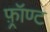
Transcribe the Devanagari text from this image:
फ़्रॉण्ट